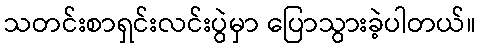
သတင်းစာရှင်းလင်းပွဲမှာ ပြောသွားခဲ့ပါတယ်။